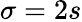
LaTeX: \sigma=2s